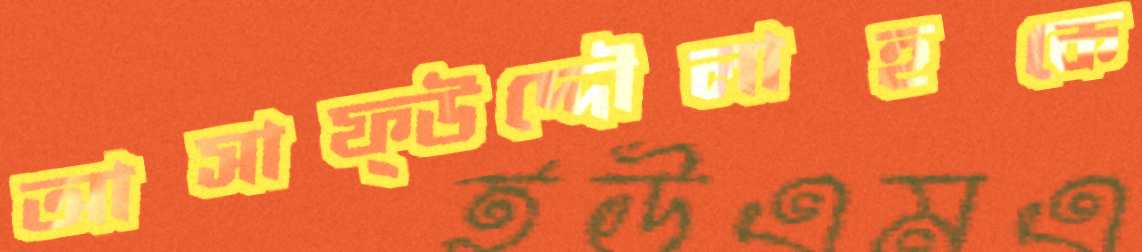
আসাফ্উদ্দৌলাহকে